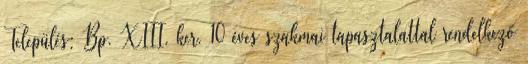
Település: Bp. XIII. ker. 10 éves szakmai tapasztalattal rendelkező